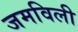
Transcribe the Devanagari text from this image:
जमविली